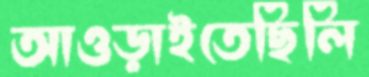
আওড়াইতেছিলি